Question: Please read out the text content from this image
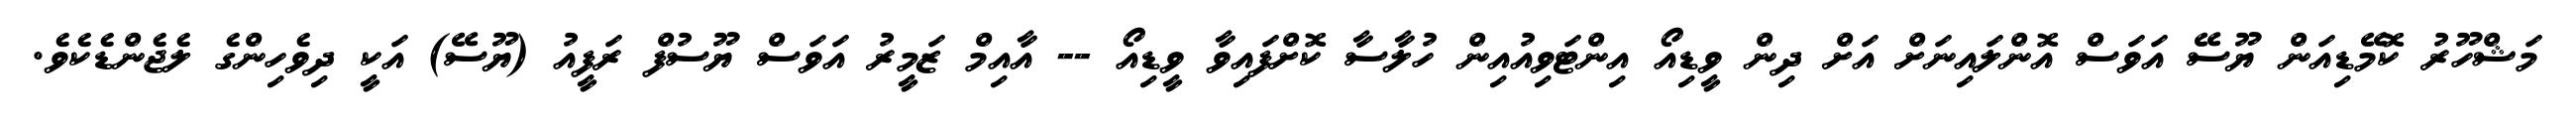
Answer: މަޝްހޫރު ކޮމޭޑިއަން ޔޫސޭ އަވަސް އޮންލައިނަށް އަށް ދިން ވީޑިއޯ އިންޓަވިއުއިން ހުލާސާ ކޮށްފައިވާ ވީޑިއޯ -- އާއިމް ޒަމީރު އަވަސް ޔޫސުފް ރަފީއު (ޔޫސޭ) އަކީ ދިވެހިންގެ ލެޖެންޑެކެވެ.